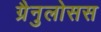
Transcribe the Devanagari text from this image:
ग्रैनुलोसस